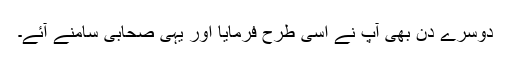
دوسرے دن بھی آپؐ نے اسی طرح فرمایا اور یہی صحابی سامنے آئے۔